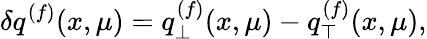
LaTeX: \delta q^{(f)}(x,\mu)=q_{\bot}^{(f)}(x,\mu)-q_{\top}^{(f)}(x,\mu),